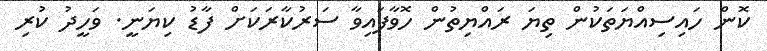
ކޮން ހައިސިއްޔަތަކުން ތިޔަ ރައްޔިތުން ހޮވާފައިވާ ސަރުކާރަކަށް ފާޑު ކިޔަނީ. ވަހީދު ކުރި